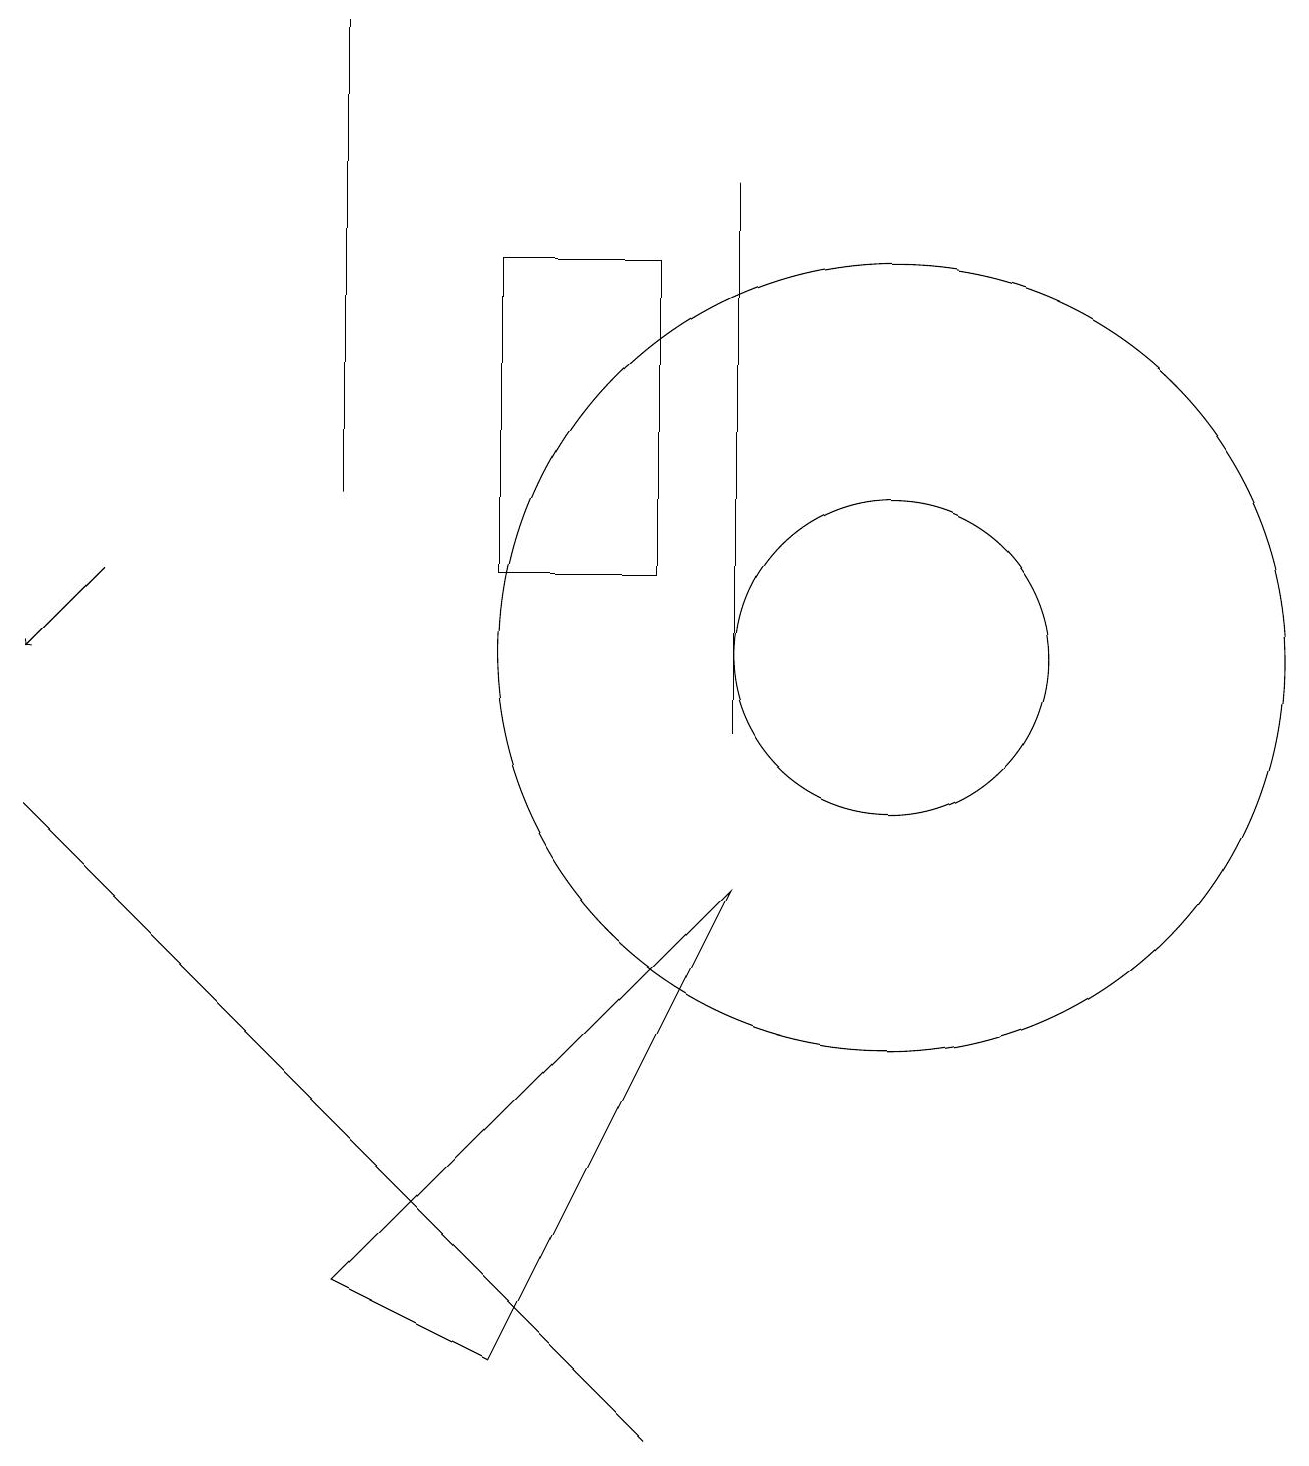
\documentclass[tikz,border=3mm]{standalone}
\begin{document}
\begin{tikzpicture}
\draw (6,12) rectangle (8,16);
\draw (9,8) -- (4,3) -- (6,2) -- cycle;
\draw[->] (1,12) -- (0,11);
\draw (8,1) -- (1,8) -- (0,9) -- cycle;
\draw (11,11) circle (2);
\draw (11,11) circle (5);
\draw (9,17) rectangle (9,10);
\draw (4,19) rectangle (4,13);
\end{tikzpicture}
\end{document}